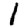
Digit: 1